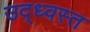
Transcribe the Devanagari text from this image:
उद्‌ध्‍वस्त